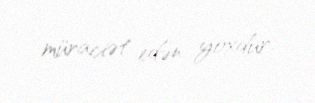
müraciət edən yoxdur.